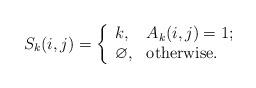
LaTeX: \begin{align*}S_k(i, j) = \left\{ \begin{array}{ll} k, & A_k(i, j) = 1\hbox{;} \\ \varnothing, & \hbox{otherwise.} \end{array}\right.\end{align*}